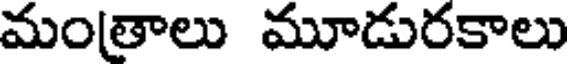
మంతాలు మూడురకాలు